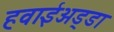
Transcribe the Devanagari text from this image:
हवाईअड्‍डा